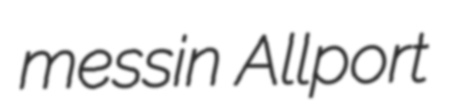
messin Allport